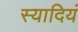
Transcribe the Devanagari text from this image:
स्यादियं